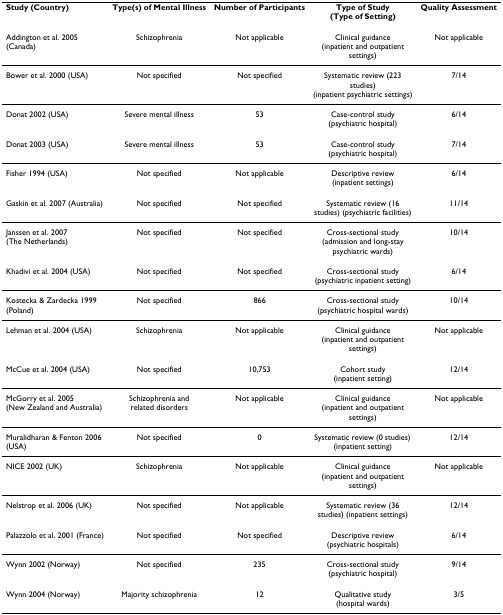
| Study (Country) | Type(s) of Mental Illness | Number of Participants | Type of Study(Type of Setting) | Quality Assessment |
 | --- | --- | --- | --- | --- |
 | Addington et al. 2005 (Canada) | Schizophrenia | Not applicable | Clinical guidance (inpatient and outpatient settings) | Not applicable |
 | Bower et al. 2000 (USA) | Not specified | Not specified | Systematic review (223 studies) (inpatient psychiatric settings) | 7/14 |
 | Donat 2002 (USA) | Severe mental illness | 53 | Case-control study (psychiatric hospital) | 6/14 |
 | Donat 2003 (USA) | Severe mental illness | 53 | Case-control study (psychiatric hospital) | 7/14 |
 | Fisher 1994 (USA) | Not specified | Not applicable | Descriptive review (inpatient settings) | 6/14 |
 | Gaskin et al. 2007 (Australia) | Not specified | Not specified | Systematic review (16 studies) (psychiatric facilities) | 11/14 |
 | Janssen et al. 2007 (The Netherlands) | Not specified | Not specified | Cross-sectional study (admission and long-stay psychiatric wards) | 10/14 |
 | Khadivi et al. 2004 (USA) | Not specified | Not specified | Cross-sectional study (psychiatric inpatient setting) | 6/14 |
 | Kostecka & Zardecka 1999 (Poland) | Not specified | 866 | Cross-sectional study (psychiatric hospital wards) | 10/14 |
 | Lehman et al. 2004 (USA) | Schizophrenia | Not applicable | Clinical guidance (inpatient and outpatient settings) | Not applicable |
 | McCue et al. 2004 (USA) | Not specified | 10,753 | Cohort study (inpatient setting) | 12/14 |
 | McGorry et al. 2005 (New Zealand and Australia) | Schizophrenia and related disorders | Not applicable | Clinical guidance (inpatient and outpatient settings) | Not applicable |
 | Muralidharan & Fenton 2006 (USA) | Not specified | 0 | Systematic review (0 studies) (inpatient setting) | 12/14 |
 | NICE 2002 (UK) | Schizophrenia | Not applicable | Clinical guidance (inpatient and outpatient settings) | Not applicable |
 | Nelstrop et al. 2006 (UK) | Not specified | Not applicable | Systematic review (36 studies) (inpatient settings) | 12/14 |
 | Palazzolo et al. 2001 (France) | Not specified | Not specified | Descriptive review (psychiatric hospitals) | 6/14 |
 | Wynn 2002 (Norway) | Not specified | 235 | Cross-sectional study (psychiatric hospital) | 9/14 |
 | Wynn 2004 (Norway) | Majority schizophrenia | 12 | Qualitative study (hospital wards) | 3/5 |